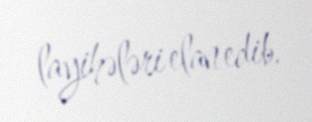
layihələri elan edib.